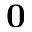
\mathbf { 0 }